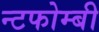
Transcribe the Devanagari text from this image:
न्टफोम्बी